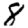
Digit: 8